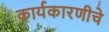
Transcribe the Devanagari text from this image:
कार्यकारणीचे